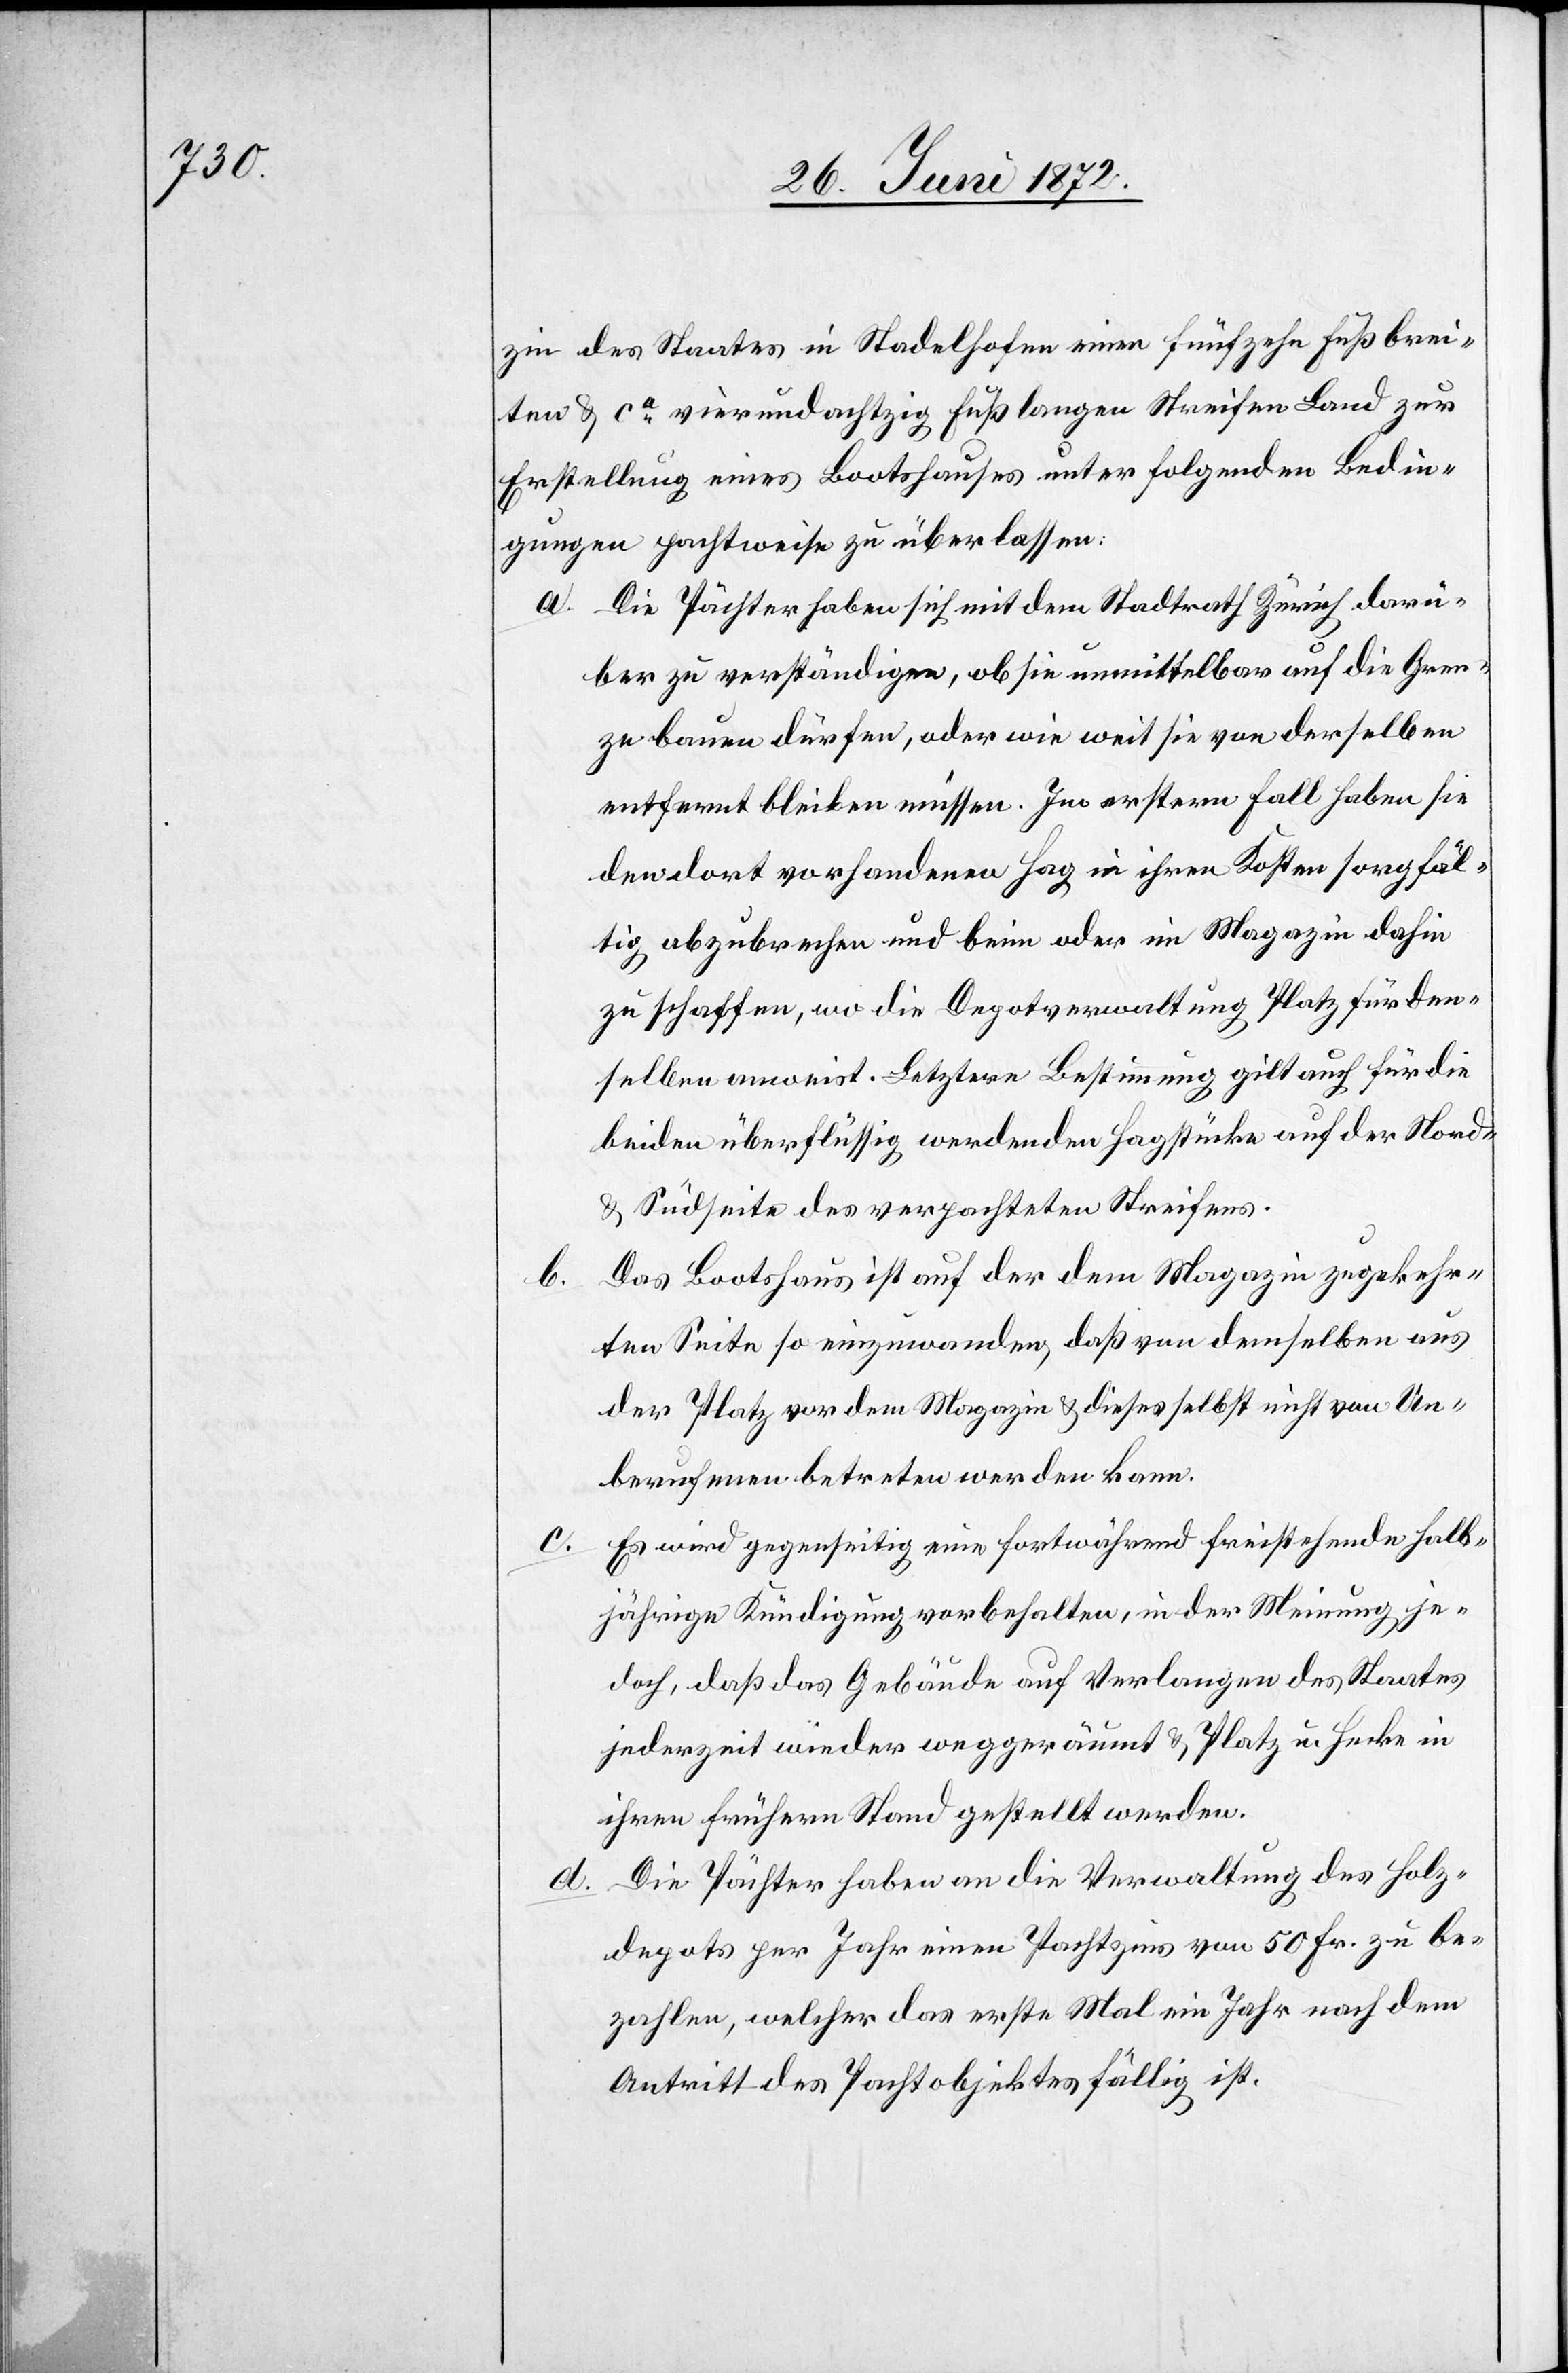
b.

zin des Staates in Stadelhofen einen fünfzehn Fuß brei¬
ten u. ca vierundachtzig Fuß langen Streifen Land zur
Erstellung eines Bootshauses unter folgenden Bedin¬
gungen pachtweise zu überlassen:
a. Die Pächter haben sich mit dem Stadtrath Zürich darü¬
ber zu verständigen, ob sie unmittelbar auf die Gren¬
ze bauen dürfen, oder wie weit sie von derselben
entfernt bleiben müssen. Im erstern Fall haben sie
den dort vorhandenen Hag in ihren Kosten sorgfäl¬
tig abzubrechen und beim oder im Magazin dahin
zu schaffen, wo die Depotverwaltung Platz für den¬
selben anweist. Letztere Bestimmung gilt auch für die
beiden überflüssig werdenden Hagstücke auf der Nord-
u. Südseite des verpachteten Streifens.
Das Bootshaus ist auf der dem Magazin zugekehr¬
ten Seite so einzuwanden, daß von demselben aus
der Platz vor dem Magazin u. dieses selbst nicht von Un¬
berufenen betreten werden kann.
c. Es wird gegenseitig eine fortwährend freistehende halb¬
jährige Kündigung vorbehalten, in der Meinung je¬
doch, daß das Gebäude auf Verlangen des Staates
jederzeit wieder weggeräumt u. Platz u. Hecke in
ihren frühern Stand gestellt werden.
Die Pächter haben an die Verwaltung des Holz¬
depots per Jahr einen Pachtzins von 50 Fr. zu be¬
zahlen, welcher das erste Mal ein Jahr nach dem
Antritt des Pachtobjektes fällig ist.